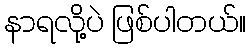
နာရလို့ပဲ ဖြစ်ပါတယ်။